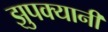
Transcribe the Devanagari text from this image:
झुपक्यानी